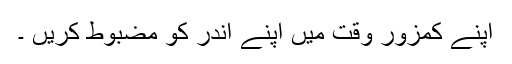
اپنے کمزور وقت میں اپنے اندر کو مضبوط کریں ۔